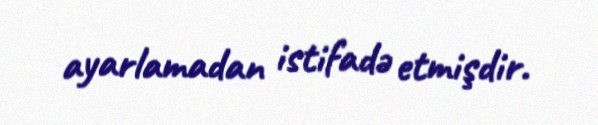
ayarlamadan istifadə etmişdir.